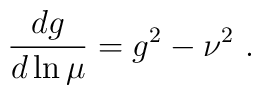
{d g \over d \ln \mu} = g^2 -\nu^2~.